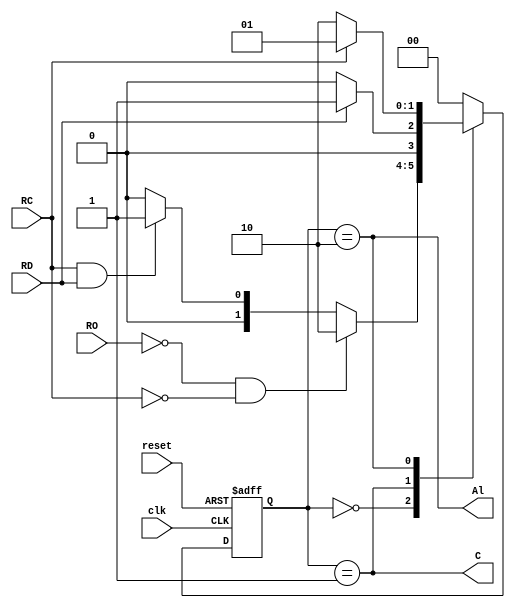
module maq_desp (
	 input clk,
	 input reset,
    input RO, RC, RD, // Entradas
    output Al, C // Sadas
);

// Parmetros de estados
parameter Alarme = 2'b10;
parameter Desligado = 2'b00;
parameter Ligado = 2'b01;

// Declarao de estados
reg [1:0] current_state, next_state;

always @ ( posedge clk , posedge
reset ) begin
    if (reset) begin
        current_state <= Desligado; // Estado inicial
    end 
	 else begin
        current_state <= next_state; // Atualiza o estado atual
    end
end

// Lgica de estado
always @* begin
    case (current_state)
        Desligado: begin
            if (!RO && !RC)
                next_state = Alarme;
            else if ( RC && RD)
                next_state = Ligado;
            else
                next_state = Desligado;
        end
        Ligado: begin
            if (!RD)
                next_state = Desligado;
            else
                next_state = Ligado;
        end
        Alarme: begin
				if ( RC )
                next_state = Ligado;
            else
                next_state = Alarme;
        end
		  default: next_state = Desligado;
			
    endcase
end

// Lgica de sada (Mealy)
assign Al = (current_state == Alarme);
assign C = (current_state == Ligado);

endmodule